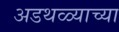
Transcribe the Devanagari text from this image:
अडथळ्याच्या